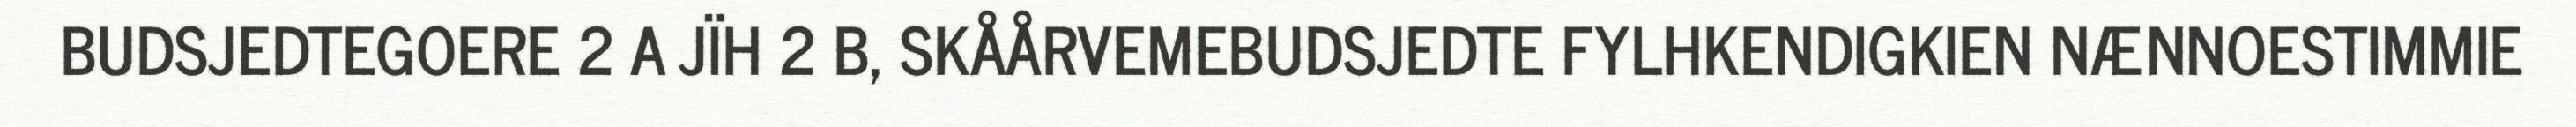
BUDSJEDTEGOERE 2 A JÏH 2 B, SKÅÅRVEMEBUDSJEDTE FYLHKENDIGKIEN NÆNNOESTIMMIE